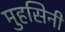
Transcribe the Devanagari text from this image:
मुहसिनी